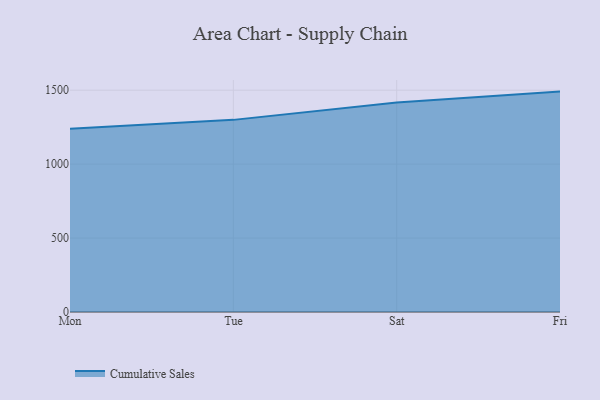
{"axis": {"x": "Day", "y": "Energy Usage (MWh)"}, "legend": ["Cumulative Sales"], "data": [{"x": "Mon", "y": 1238.9, "type": "Cumulative Sales"}, {"x": "Tue", "y": 1299.2, "type": "Cumulative Sales"}, {"x": "Sat", "y": 1416.8, "type": "Cumulative Sales"}, {"x": "Fri", "y": 1490.4, "type": "Cumulative Sales"}]}